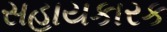
સહાયકારક